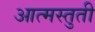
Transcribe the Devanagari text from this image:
आत्मस्तुती